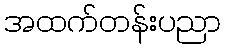
အထက်တန်းပညာ